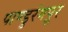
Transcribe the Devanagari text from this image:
पाण्डुरंगपूर